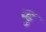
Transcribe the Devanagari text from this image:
न्दु